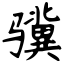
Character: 骥